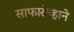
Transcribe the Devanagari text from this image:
साफारोव्हाने